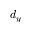
d _ { y }